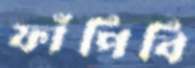
ফাঁপিবি